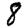
Digit: 8